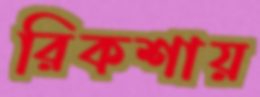
রিকশায়